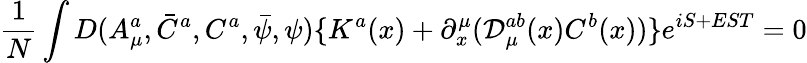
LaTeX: \frac 1N\int D(A_{\mu}^{a},\bar{C}^{a},C^{a},\bar{\psi},\psi)\{ K^{a}(x)+\partial_{x}^{\mu}({\cal D}_{\mu}^{ab}(x)C^{b}(x))\} e^{iS+EST}=0